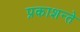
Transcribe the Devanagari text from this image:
प्रकाशन्ते